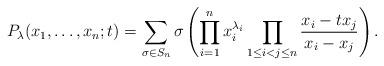
LaTeX: \begin{align*}P_{\lambda}(x_1,\dots,x_n;t)=\sum_{\sigma \in S_n}\sigma\left(\prod_{i=1}^{n}x_i^{\lambda_i}\prod_{1 \leq i<j \leq n}\frac{x_i-tx_j}{x_i-x_j}\right).\end{align*}